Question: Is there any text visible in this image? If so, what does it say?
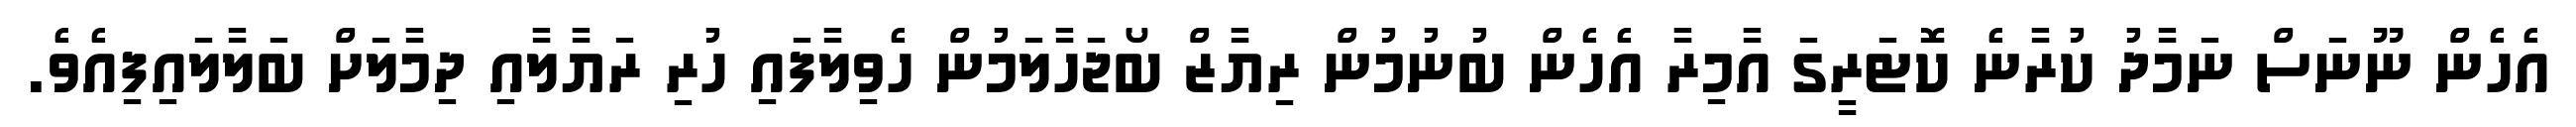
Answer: އެހެން ނޫނަސް ނަމާދު ކުރާނެ ކޮޓަރީގަ އާމިރާ އެހެން ބުނުމުން ރިޔާޒް ބޯޖަހާލަމުން ހެވިލާފައި ހުރި ރަޔާލާއި ދިމާލަށް ބަލާލައިފިއެވެ.